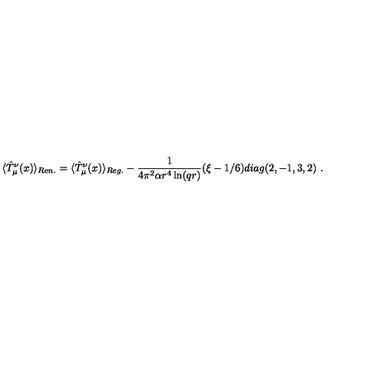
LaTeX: \langle \hat { T } _ { \mu } ^ { \nu } ( x ) \rangle _ { R e n . } = \langle \hat { T } _ { \mu } ^ { \nu } ( x ) \rangle _ { R e g . } - \frac 1 { 4 \pi ^ { 2 } \alpha r ^ { 4 } \ln ( q r ) } ( \xi - 1 / 6 ) d i a g ( 2 , - 1 , 3 , 2 ) \ .